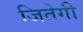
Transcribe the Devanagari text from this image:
जितेगी